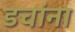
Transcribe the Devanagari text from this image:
डचांना